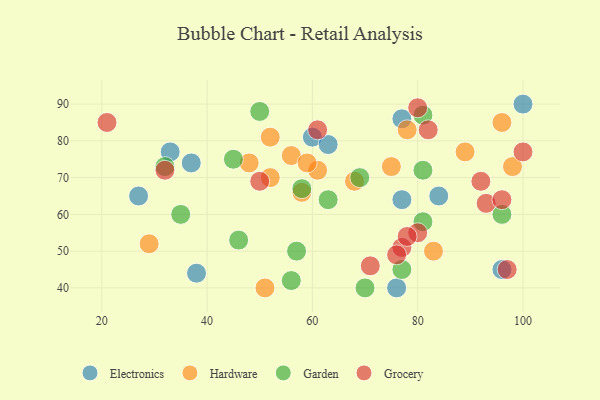
{"axis": {"x": "GDP", "y": "Life Expectancy"}, "legend": ["Electronics", "Garden", "Grocery", "Hardware"], "data": [{"x": "76", "y": 40, "type": "Electronics"}, {"x": "60", "y": 81, "type": "Electronics"}, {"x": "100", "y": 90, "type": "Electronics"}, {"x": "84", "y": 65, "type": "Electronics"}, {"x": "77", "y": 64, "type": "Electronics"}, {"x": "38", "y": 44, "type": "Electronics"}, {"x": "33", "y": 77, "type": "Electronics"}, {"x": "77", "y": 86, "type": "Electronics"}, {"x": "96", "y": 45, "type": "Electronics"}, {"x": "37", "y": 74, "type": "Electronics"}, {"x": "63", "y": 79, "type": "Electronics"}, {"x": "27", "y": 65, "type": "Electronics"}, {"x": "52", "y": 70, "type": "Hardware"}, {"x": "75", "y": 73, "type": "Hardware"}, {"x": "29", "y": 52, "type": "Hardware"}, {"x": "83", "y": 50, "type": "Hardware"}, {"x": "48", "y": 74, "type": "Hardware"}, {"x": "96", "y": 85, "type": "Hardware"}, {"x": "52", "y": 81, "type": "Hardware"}, {"x": "89", "y": 77, "type": "Hardware"}, {"x": "58", "y": 66, "type": "Hardware"}, {"x": "98", "y": 73, "type": "Hardware"}, {"x": "56", "y": 76, "type": "Hardware"}, {"x": "61", "y": 72, "type": "Hardware"}, {"x": "68", "y": 69, "type": "Hardware"}, {"x": "78", "y": 83, "type": "Hardware"}, {"x": "59", "y": 74, "type": "Hardware"}, {"x": "51", "y": 40, "type": "Hardware"}, {"x": "46", "y": 53, "type": "Garden"}, {"x": "63", "y": 64, "type": "Garden"}, {"x": "69", "y": 70, "type": "Garden"}, {"x": "35", "y": 60, "type": "Garden"}, {"x": "70", "y": 40, "type": "Garden"}, {"x": "81", "y": 58, "type": "Garden"}, {"x": "81", "y": 87, "type": "Garden"}, {"x": "32", "y": 73, "type": "Garden"}, {"x": "96", "y": 60, "type": "Garden"}, {"x": "50", "y": 88, "type": "Garden"}, {"x": "81", "y": 72, "type": "Garden"}, {"x": "77", "y": 45, "type": "Garden"}, {"x": "45", "y": 75, "type": "Garden"}, {"x": "56", "y": 42, "type": "Garden"}, {"x": "58", "y": 67, "type": "Garden"}, {"x": "57", "y": 50, "type": "Garden"}, {"x": "80", "y": 55, "type": "Grocery"}, {"x": "93", "y": 63, "type": "Grocery"}, {"x": "61", "y": 83, "type": "Grocery"}, {"x": "77", "y": 51, "type": "Grocery"}, {"x": "50", "y": 69, "type": "Grocery"}, {"x": "21", "y": 85, "type": "Grocery"}, {"x": "96", "y": 64, "type": "Grocery"}, {"x": "100", "y": 77, "type": "Grocery"}, {"x": "82", "y": 83, "type": "Grocery"}, {"x": "78", "y": 54, "type": "Grocery"}, {"x": "97", "y": 45, "type": "Grocery"}, {"x": "32", "y": 72, "type": "Grocery"}, {"x": "80", "y": 89, "type": "Grocery"}, {"x": "71", "y": 46, "type": "Grocery"}, {"x": "76", "y": 49, "type": "Grocery"}, {"x": "92", "y": 69, "type": "Grocery"}]}